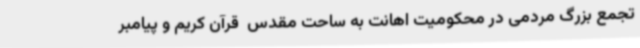
تجمع بزرگ مردمی در محکومیت اهانت به ساحت مقدس  قرآن کریم و پیامبر